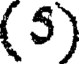
(5)